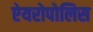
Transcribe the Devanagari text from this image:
ऐयरोपोलिस